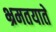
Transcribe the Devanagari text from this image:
भ्रमतयाते